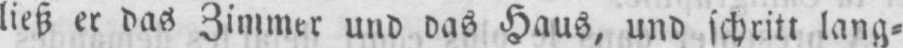
ließ er das Zimmer und das Haus, und schritt lang⸗